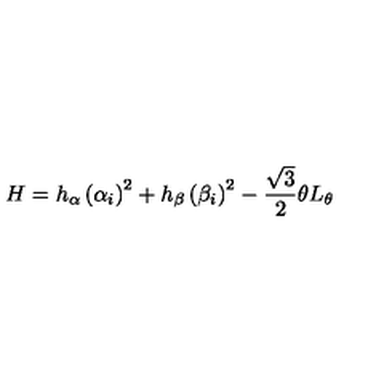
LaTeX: H = h _ { \alpha } \left( \alpha _ { i } \right) ^ { 2 } + h _ { \beta } \left( \beta _ { i } \right) ^ { 2 } - \frac { \sqrt 3 } { 2 } \theta L _ { \theta }